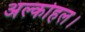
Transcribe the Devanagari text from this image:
अल्कोहल।